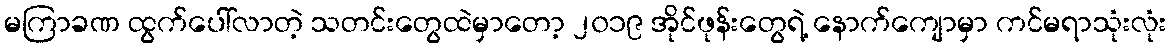
မကြာခဏ ထွက်ပေါ်လာတဲ့ သတင်းတွေထဲမှာတော့ ၂၀၁၉ အိုင်ဖုန်းတွေရဲ့ နောက်ကျောမှာ ကင်မရာသုံးလုံး